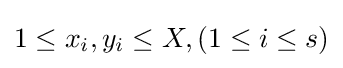
1\leq x_{i},y_{i}\leq X,(1\leq i\leq s)